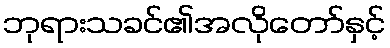
ဘုရားသခင်၏အလိုတော်နှင့်